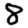
Digit: 8